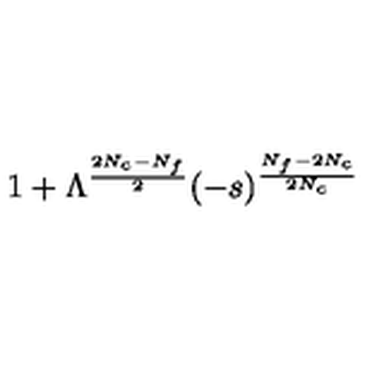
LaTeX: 1 + \Lambda ^ { \frac { 2 N _ { c } - N _ { f } } { 2 } } ( - s ) ^ { \frac { N _ { f } - 2 N _ { c } } { 2 N _ { c } } }